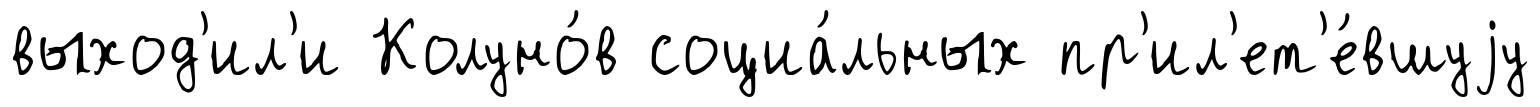
выход'ил'и Колуно́в социа́льных пр'ил'ет'е́вшуjу